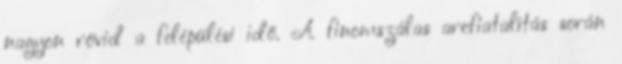
nagyon rövid a felépülési idő. A finomszálas arcfiatalítás során